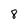
Character: 8